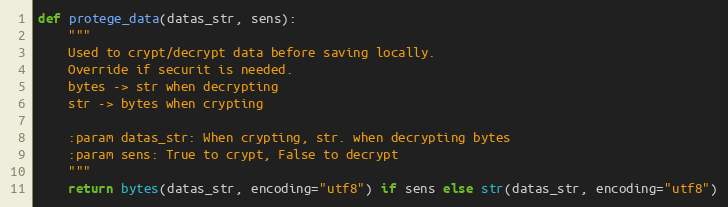
Language: Python
def protege_data(datas_str, sens):
    """
    Used to crypt/decrypt data before saving locally.
    Override if securit is needed.
    bytes -> str when decrypting
    str -> bytes when crypting

    :param datas_str: When crypting, str. when decrypting bytes
    :param sens: True to crypt, False to decrypt
    """
    return bytes(datas_str, encoding="utf8") if sens else str(datas_str, encoding="utf8")